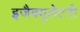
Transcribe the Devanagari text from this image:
इजैक्यूलेटरी